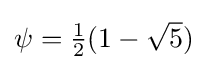
{\textstyle \psi ={\frac {1}{2}}(1-{\sqrt {5}})}